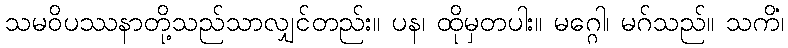
သမဝိပဿနာတို့သည်သာလျှင်တည်း။ ပန၊ ထိုမှတပါး။ မဂ္ဂေါ၊ မဂ်သည်။ သကိံ၊